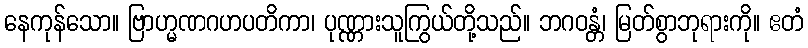
နေကုန်သော။ ဗြာဟ္မဏဂဟပတိကာ၊ ပုဏ္ဏားသူကြွယ်တို့သည်။ ဘဂဝန္တံ၊ မြတ်စွာဘုရားကို။ ဧတံ